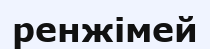
ренжімей